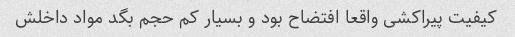
کیفیت پیراکشی واقعا افتضاح بود و بسیار کم حجم بگد مواد داخلش